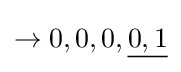
\rightarrow 0,0,0,{\underline {0,1}}